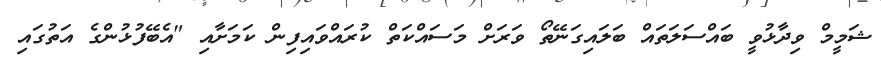
ޝަމީމް ވިދާޅުވީ ބައްސަލަތައް ބަލައިގަނޭތޯ ވަރަށް މަސައްކަތް ކުރައްވައިފިން ކަމަށާއި "އެބޭފުޅުންގެ އަތުގައި